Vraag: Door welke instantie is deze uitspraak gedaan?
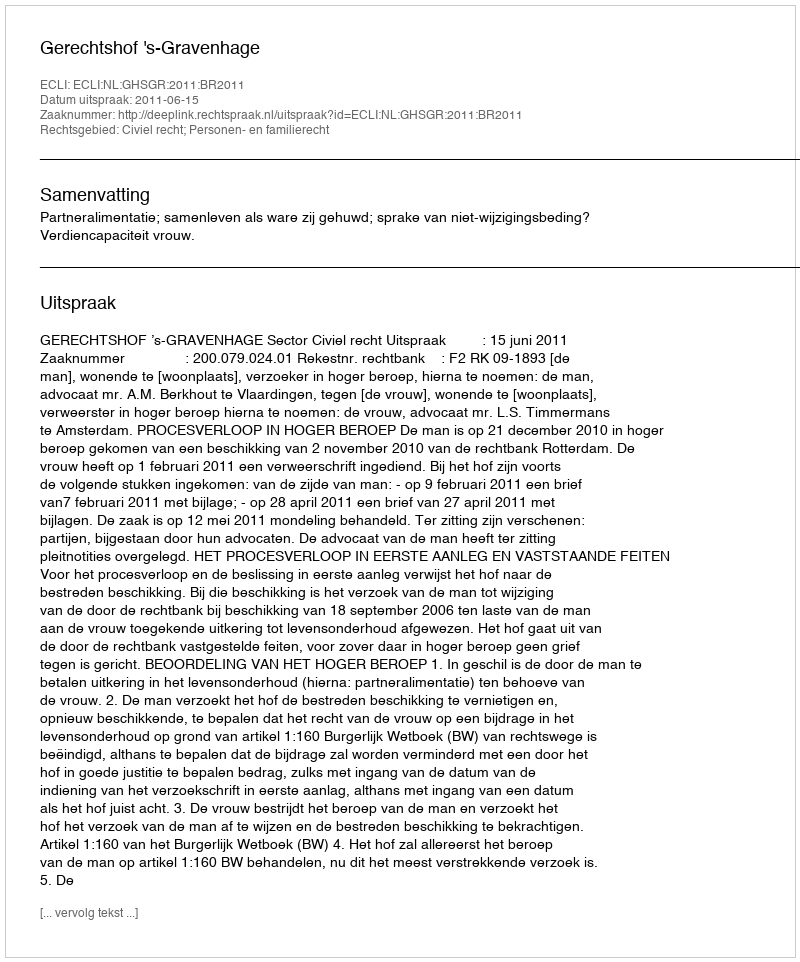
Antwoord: Gerechtshof 's-Gravenhage